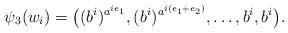
LaTeX: \begin{align*}\psi_3(w_i)=\big( (b^i)^{a^{ie_1}}, (b^i)^{a^{i(e_1+e_2)}}, \dots, b^i, b^i \big).\end{align*}